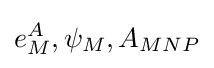
e_{M}^{A},\psi _{M},A_{MNP}